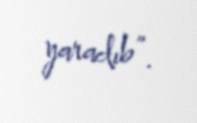
yaradıb”.